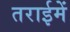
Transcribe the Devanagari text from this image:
तराईमें